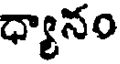
ధ్యానం